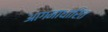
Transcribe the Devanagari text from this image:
आगमाधारित